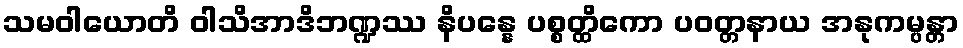
သမဝါယောတိ ဝါသိအာဒိဘဏ္ဍဿ နိပန္နေ ပစ္စတ္ထိကော ပဝတ္တနာယ အနုကမ္ပန္တာ